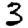
Digit: 3